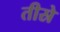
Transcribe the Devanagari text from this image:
तीस्रे